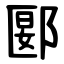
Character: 郾